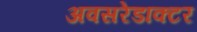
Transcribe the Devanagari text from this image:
अवसरेडाक्टर